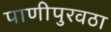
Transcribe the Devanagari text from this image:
पाणीपुरवठा